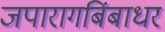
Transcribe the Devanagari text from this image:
जपारागबिंबाधरं